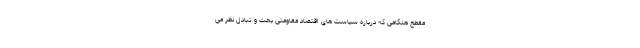
مقطع هنگامی که درباره سیاست های اقتصاد مقاومتی بحث و تبادل نظر می